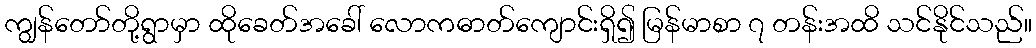
ကျွန်တော်တို့ရွာမှာ ထိုခေတ်အခေါ် လောကဓာတ်ကျောင်းရှိ၍ မြန်မာစာ ၇ တန်းအထိ သင်နိုင်သည်။